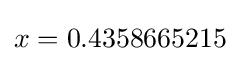
x=0.4358665215